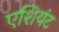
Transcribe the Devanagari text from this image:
एशियंट